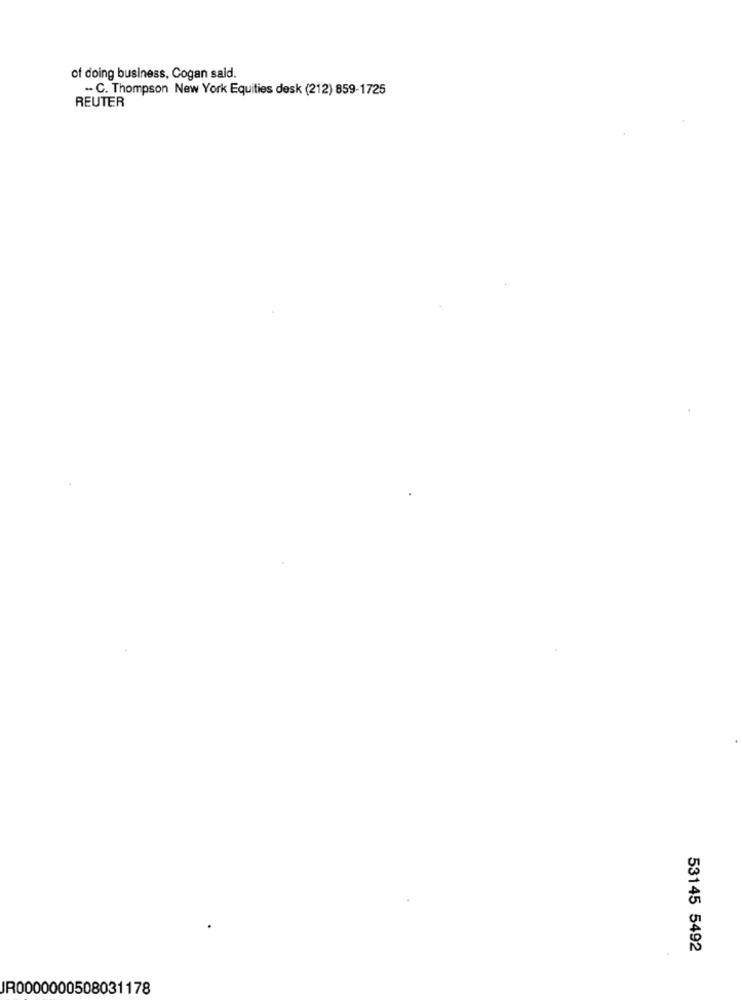
of doing business, Cogan sald.
- C. Thompson New York Equities desk (212) 859-1725
REUTER
53145 5492
JR0000000508031178